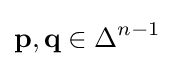
\mathbf {p} ,\mathbf {q} \in \Delta ^{n-1}